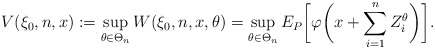
\begin{align*}V(\xi_0,n,x):=\sup_{\theta\in \Theta_n} W(\xi_0,n,x,\theta)=\sup_{\theta\in\Theta_n} E_P\biggl[\varphi\biggl(x+\sum_{i=1}^{n} Z_i^\theta\biggr)\biggr].\end{align*}